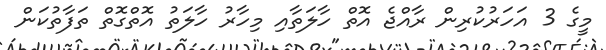
މީގެ 3 އަހަރުކުރިން ރާއްޖެ އޮތް ހާލަތާއި މިހާރު ހާލަތު އޮތްގޮތް ތަފާތުކަން